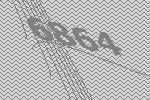
6864